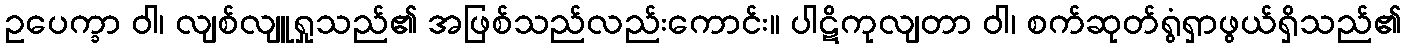
ဥပေက္ခာ ဝါ၊ လျစ်လျူရှုသည်၏ အဖြစ်သည်လည်းကောင်း။ ပါဋိကုလျတာ ဝါ၊ စက်ဆုတ်ရွံရှာဖွယ်ရှိသည်၏